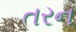
તરન